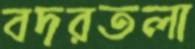
বদরতলা